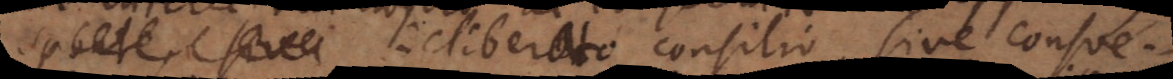
sponte, sive deliberato consilio, sive consuetudine